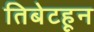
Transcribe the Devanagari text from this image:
तिबेटहून